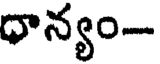
ధాన్యం-